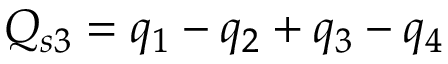
Q _ { s 3 } = q _ { 1 } - q _ { 2 } + q _ { 3 } - q _ { 4 }